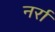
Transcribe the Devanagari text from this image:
नर्रा